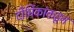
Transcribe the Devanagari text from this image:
दीर्घिकांकडून